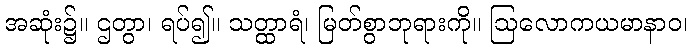
အဆုံး၌။ ဌတွာ၊ ရပ်၍။ သတ္ထာရံ၊ မြတ်စွာဘုရားကို။ ဩလောကယမာနာဝ၊